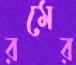
রমের